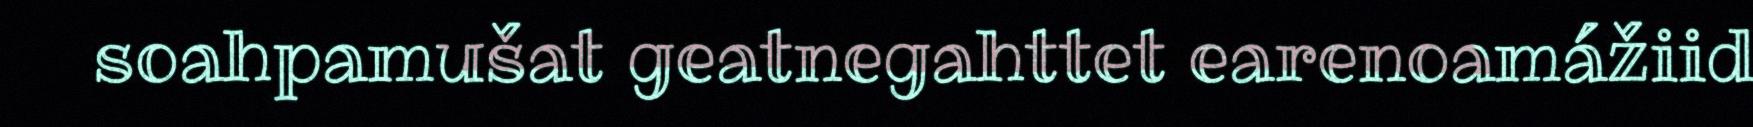
soahpamušat geatnegahttet earenoamážiid